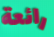
رائعة